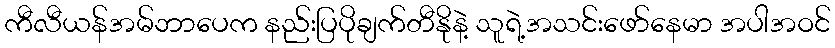
ကီလီယန်အမ်ဘာပေက နည်းပြပိုချက်တီနိုနဲ့ သူရဲ့အသင်းဖော်နေမာ အပါအဝင်